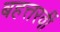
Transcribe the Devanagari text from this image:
बहत्तरवीं